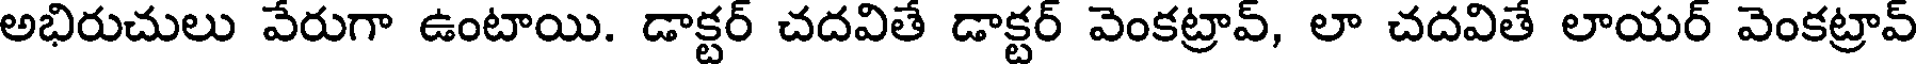
అభిరుచులు వేరుగా ఉంటాయి. డాక్టర్ చదవితే డాక్టర్ వెంకట్రావ్, లా చదవితే లాయర్ వెంకట్రావ్